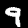
Digit: 9